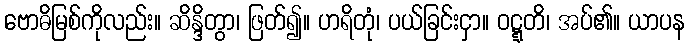
ဗောဓိမြစ်ကိုလည်း။ ဆိန္ဒိတွာ၊ ဖြတ်၍။ ဟရိတုံ၊ ပယ်ခြင်းငှာ။ ဝဋ္ဋတိ၊ အပ်၏။ ယာပန